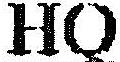
HQ